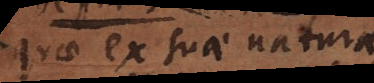
quae ex suae naturae